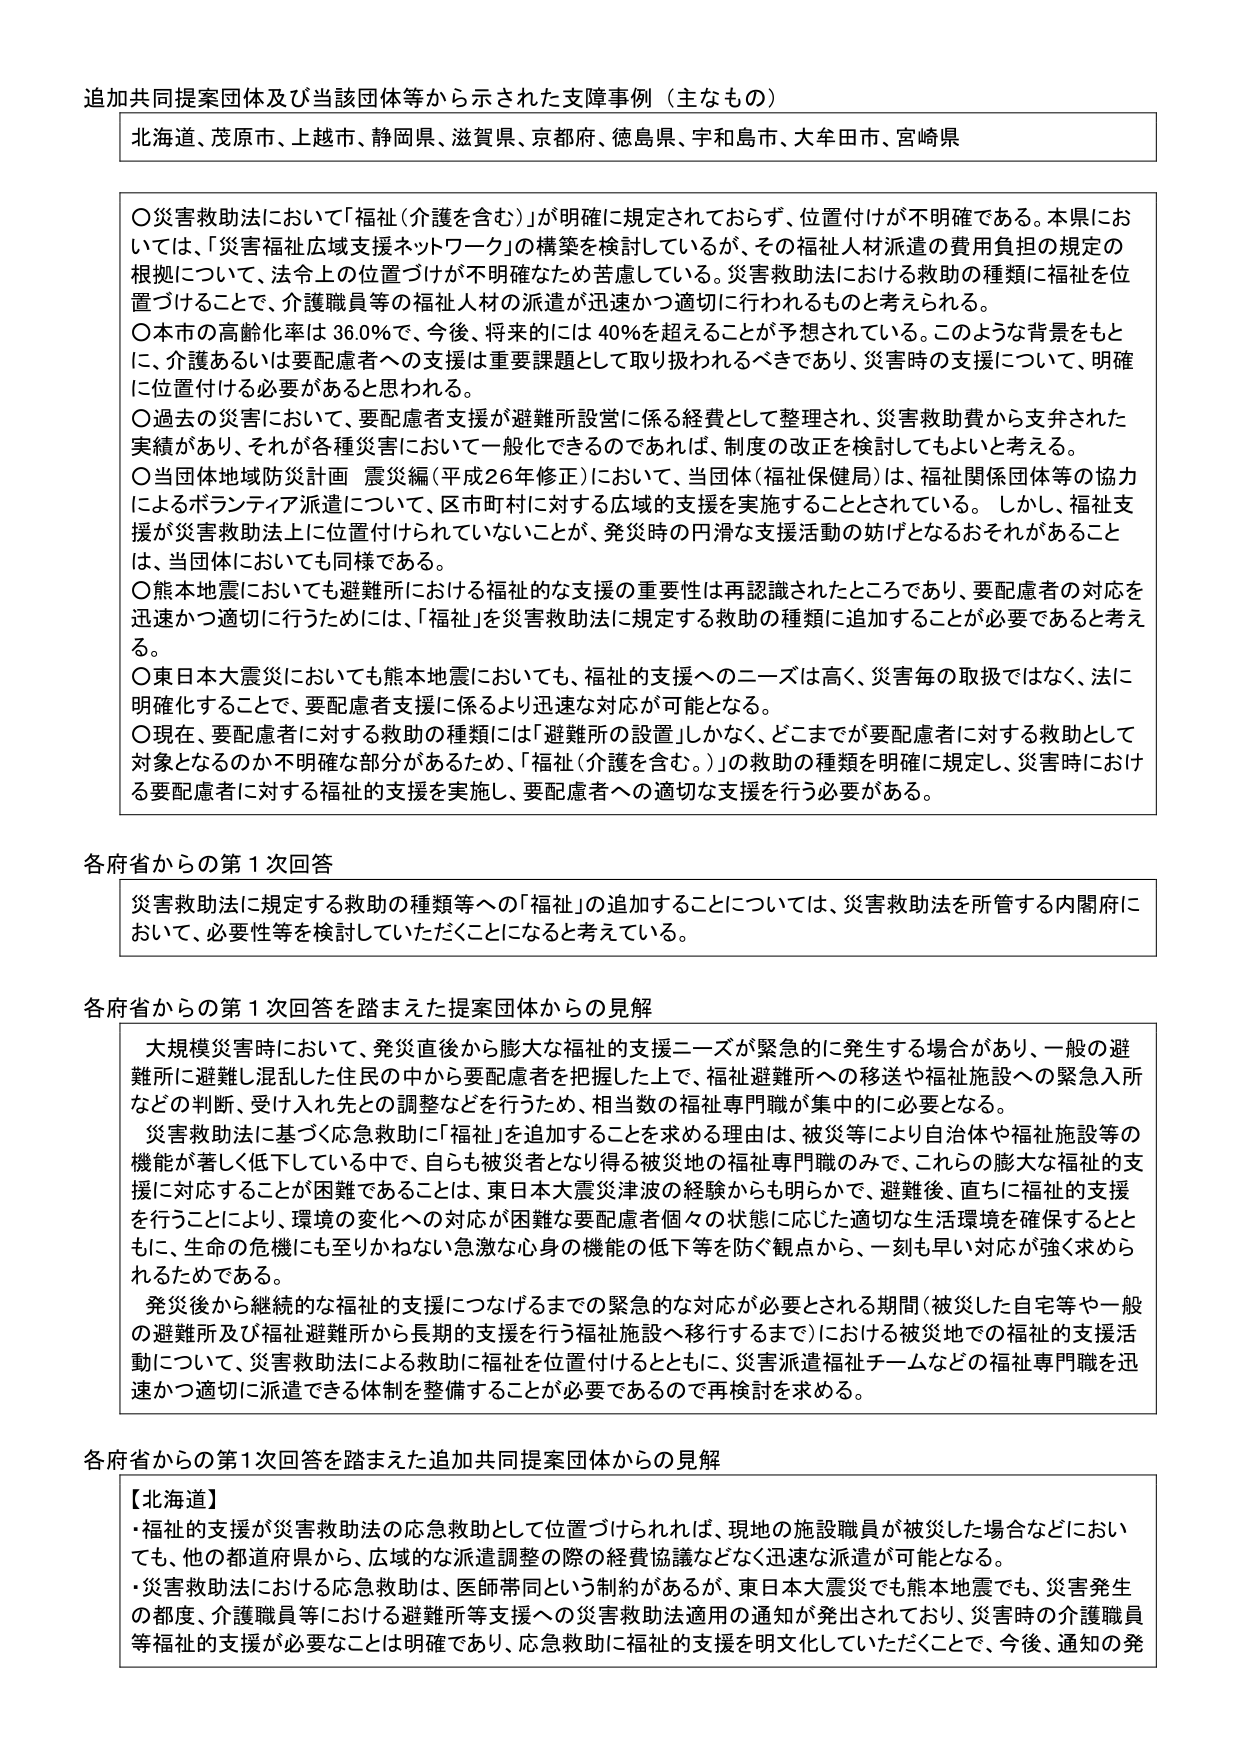
追加共同提案団体及び当該団体等から示された支援事例（主なもの）

北海道、茂原市、上越市、静岡県、滋賀県、京都府、徳島県、宇和島市、大牟田市、宮崎県

〇災害救助法において「福祉（介護を含む）」が明確に規定されておらず、位置付けが不明確である。本県においては、「災害福祉広域支援ネットワーク」の構築を検討しているが、その福祉人材派遣の費用負担の規定の根拠について、法令上の位置づけが不明確なため苦慮している。災害救助法における救助の種類に福祉を位置づけることで、介護職員等の福祉人材の派遣が迅速かつ適切に行われるものと考えられる。

〇本市の高齢化率は36.0％で、今後、将来的には40％を超えることが予想されている。このような背景をもとに、介護あるいは要配慮者への支援は重要課題として取り扱われるべきであり、災害時の支援について、明確に位置付ける必要があると思われる。

〇過去の災害において、要配慮者支援が避難所運営に係る経費として整理され、災害救助費から支弁された実績があり、それが各種災害に対して一般化できるのであれば、制度の改正を検討してもよいと考える。

〇当団体地域防災計画 震災編（平成26年修正）において、当団体（福祉保健局）は、福祉関係団体等の協力によるボランティア派遣について、区市町村に対する広域的支援を実施することとされている。しかし、福祉支援が災害救助法上に位置付けられていないことが、発災時の円滑な支援活動の妨げとなるおそれがあることは、当団体においても同様である。

〇熊本地震においても避難所における福祉的な支援の重要性は再認識されたところであり、要配慮者の対応を迅速かつ適切に行うためには、「福祉」を災害救助法に規定する救助の種類に追加することが必要であると考える。

〇東日本大震災においても熊本地震においても、福祉の支援へのニーズは高く、災害毎の取扱ではなく、法に明確化することで、要配慮者支援に係るより迅速な対応が可能となる。

〇現在、要配慮者に対する救助の種類には「避難所の設置」しかなく、どこまでが要配慮者に対する救助として対象となるのか不明確な部分があるため、「福祉（介護を含む。）」の救助の種類を明確に規定し、災害時における要配慮者に対する福祉の支援を実施し、要配慮者への適切な支援を行う必要がある。

各府省からの第1次回答

災害救助法に規定する救助の種類等への「福祉」の追加することについては、災害救助法を所管する内閣府において、必要性等を検討していただくことになると考えている。

各府省からの第1次回答を踏まえた提案団体からの見解

大規模災害時において、発災直後から膨大な福祉的支援ニーズが緊急的に発生する場合があり、一般の避難所に避難し混乱した住民の中から要配慮者を把握した上で、福祉避難所への移送や福祉施設への緊急入所などの判断、受け入れ先との調整などを行うため、相当数の福祉専門職が集中的に必要となる。

災害救助法に基づく応急救助に「福祉」を追加することを求める理由は、被災等により自治体や福祉施設等の機能が著しく低下している中で、自らも被災者となり得る被災地の福祉専門職のみで、これらの膨大な福祉的支援に対応することが困難であることは、東日本大震災津波の経験からも明らかで、避難後、直ちに福祉の支援を行うことにより、環境の変化への対応が困難な要配慮者個々の状態に応じた適切な生活環境を確保するとともに、生命の危機にも至りかねない急激な心身の機能の低下等を防ぐ観点から、一刻も早い対応が強く求められるためである。

発災後から継続的な福祉的支援につなげるまでの緊急的な対応が必要とされる期間（被災した自宅等や一般の避難所及び福祉避難所から長期的支援を行う福祉施設へ移行するまで）における被災地での福祉の支援活動について、災害救助法による救助に福祉を位置付けるとともに、災害派遣福祉チームなどの福祉専門職を迅速かつ適切に派遣できる体制を整備することが必要であるので再検討を求める。

各府省からの第1次回答を踏まえた追加共同提案団体からの見解

【北海道】
・福祉の支援が災害救助法の応急救助として位置づけられれば、現地の施設職員が被災した場合などにおいても、他の都道府県から、広域的な派遣調整の際の経費協議などなく迅速な派遣が可能となる。
・災害救助法における応急救助は、医師常同という制約があるが、東日本大震災でも熊本地震でも、災害発生の都度、介護職員等における避難所等支援への災害救助法適用の通知が発出されており、災害時の介護職員等福祉的支援が必要なことは明確であり、応急救助に福祉の支援を明文化していただくことで、今後、通知の発